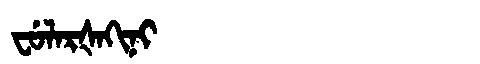
Manchu: ᠸᡠᠯᠠᡵᡧᠠᡴᡳᠨᡳ
Romanization: FULARŠAKINI